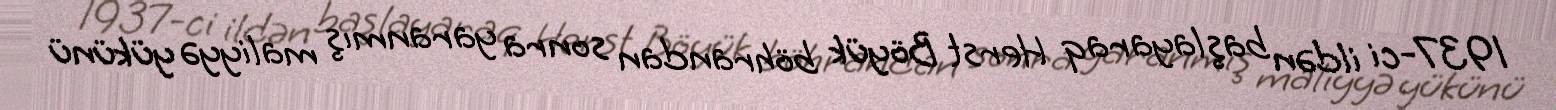
1937-ci ildən başlayaraq Herst Böyük böhrandan sonra yaranmış maliyyə yükünü